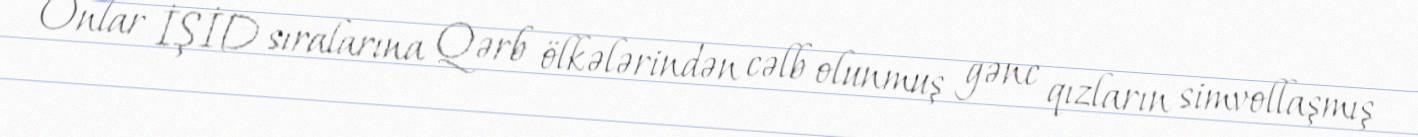
Onlar İŞİD sıralarına Qərb ölkələrindən cəlb olunmuş gənc qızların simvollaşmış